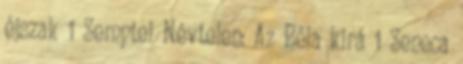
éjszak 1 Semptei Névtelen: Az Béla kirá 1 Seneca